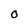
Character: O